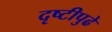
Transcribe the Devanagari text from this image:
दृष्टीपुढे